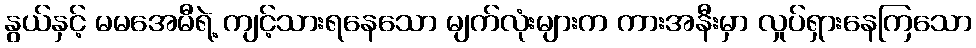
နွယ်နှင့် မမအေမီရဲ့ ကျင့်သားရနေသော မျက်လုံးများက ကားအနီးမှာ လှုပ်ရှားနေကြသော